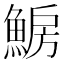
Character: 𩸗